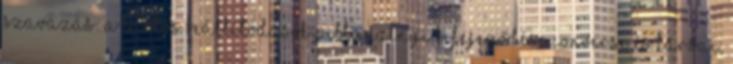
szavazás: a tartós beállítódások pillanatnyi kifejeződése Converse és társai,